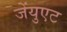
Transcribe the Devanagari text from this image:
जेंयुएट